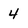
Character: 4